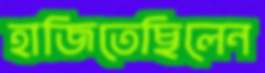
হাজিতেছিলেন